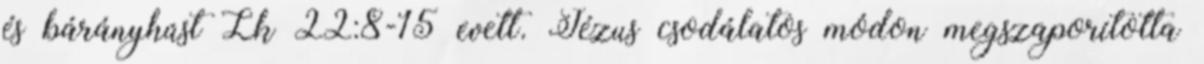
és bárányhúst Lk 22:8-15 evett. Jézus csodálatos módon megszaporította